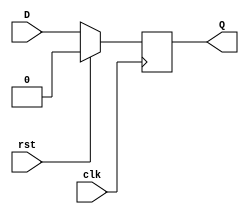
`timescale 1ns / 1ps
//////////////////////////////////////////////////////////////////////////////////
// Group:21
// Members:  Pritkumar Godhani [19CS10048],  Debanjan Saha [19CS30014]
//  
// Module Name: D-Flip Flop module
// Project Name: Assignment-6 Question 1
//
//////////////////////////////////////////////////////////////////////////////////
module DFF(Q, D, clk, rst);
	input D, clk, rst;
	output reg Q;
	always @ (posedge clk) begin
		if(rst) begin
			Q <= 1'b0;
		end
		else begin
			Q <= D;
		end
	end
endmodule